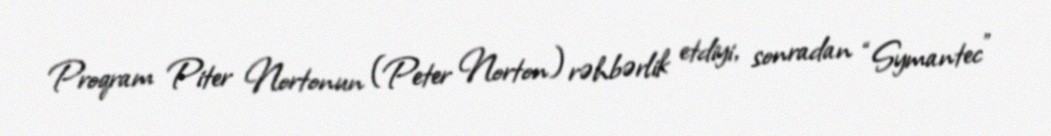
Proqram Piter Nortonun (Peter Norton) rəhbərlik etdiyi, sonradan “Symantec”